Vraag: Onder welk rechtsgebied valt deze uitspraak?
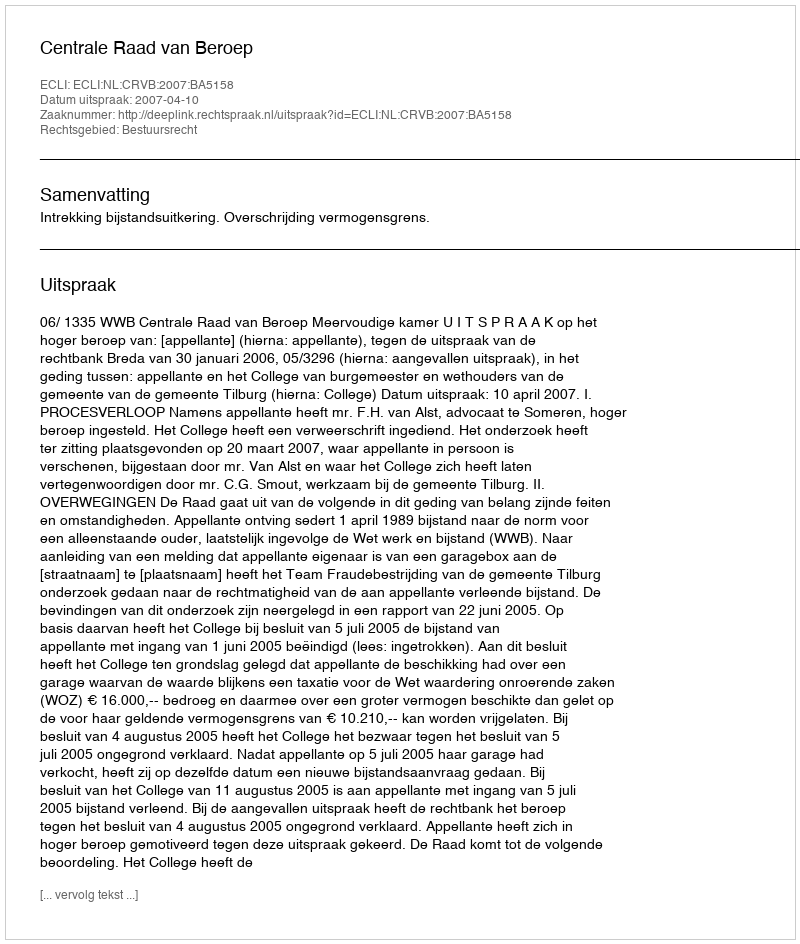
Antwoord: Bestuursrecht